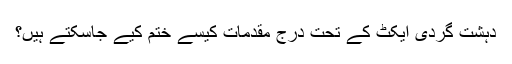
دہشت گردی ایکٹ کے تحت درج مقدمات کیسے ختم کیے جاسکتے ہیں؟